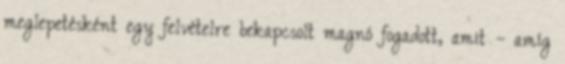
meglepetésként egy felvételre bekapcsolt magnó fogadott, a­mit – amíg